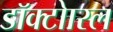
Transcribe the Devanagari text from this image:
डॉक्टोारल